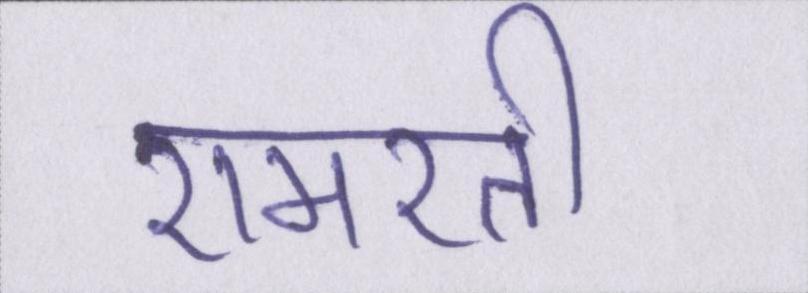
रामरती